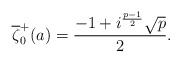
LaTeX: \begin{align*}\overline{\zeta}^+_0(a)=\frac{-1+i^\frac{p-1}{2}\sqrt{p}}{2}.\end{align*}